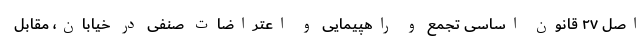
اصل ۲۷ قانون اساسی تجمع و راهپیمایی و اعتراضات صنفی در خیابان، مقابل